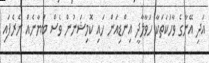
އަދި އޭނާގެ ވާހަކަތަކާ ހަވާލާދީ އިންޑިއަން ހައި ކޮމިޝަނުން ވެސް ބަޔާނެއް ނެރެފައި